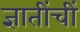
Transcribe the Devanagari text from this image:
ज्ञातींचीं